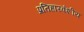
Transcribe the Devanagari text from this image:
प्रतिहारवंशीय